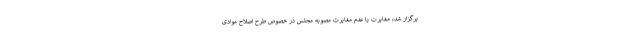
برگزار شد، مغایرت یا عدم مغایرت مصوبه مجلس در خصوص طرح اصلاح موادی